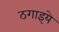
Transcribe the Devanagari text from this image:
ठगाइये